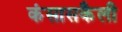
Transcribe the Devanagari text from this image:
कंसासकैली